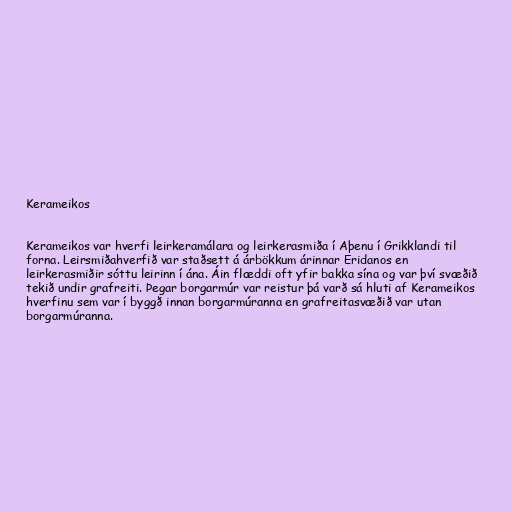
Kerameikos

Kerameikos var hverfi leirkeramálara og leirkerasmiða í Aþenu í Grikklandi til
forna. Leirsmiðahverfið var staðsett á árbökkum árinnar Eridanos en
leirkerasmiðir sóttu leirinn í ána. Áin flæddi oft yfir bakka sína og var því svæðið
tekið undir grafreiti. Þegar borgarmúr var reistur þá varð sá hluti af Kerameikos
hverfinu sem var í byggð innan borgarmúranna en grafreitasvæðið var utan
borgarmúranna.